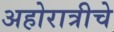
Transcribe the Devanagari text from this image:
अहोरात्रीचे